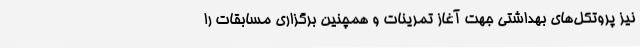
نیز پروتکل‌های بهداشتی جهت آغاز تمرینات و همچنین برگزاری مسابقات را